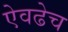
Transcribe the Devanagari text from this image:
ऐवढेच